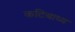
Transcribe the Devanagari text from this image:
कटिबाध्य